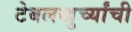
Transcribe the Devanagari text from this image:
टेबलखुर्च्यांची